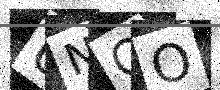
Text: UNQO